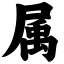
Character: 属